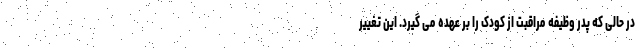
در حالی که پدر وظیفه مراقبت از کودک را بر عهده می گیرد. این تغییر